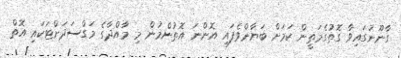
ގާނޫނުގައިވާ ގޮތުގެމަތީން ކަމަށް ބަޔާންވެފައި އޮންނަ އޮތުންމުން މި މާއްދާގެ މަގްސަދަށްޓަކައި އޮތް